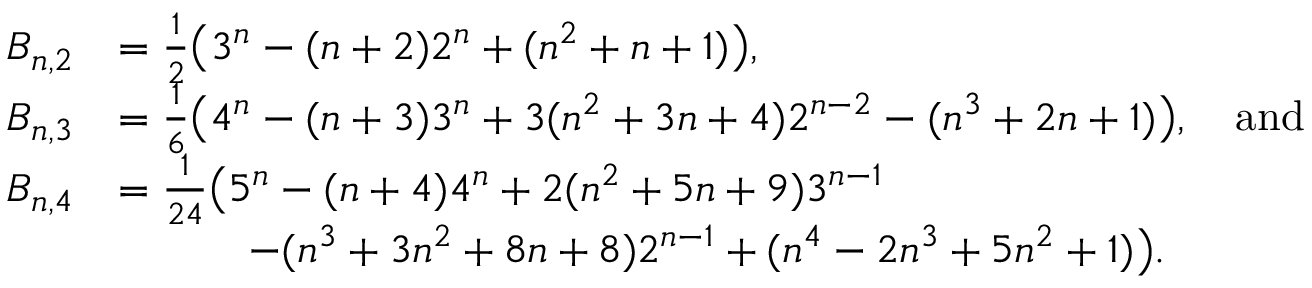
\begin{array} { r l } { B _ { n , 2 } } & { = \frac { 1 } { 2 } \big ( 3 ^ { n } - ( n + 2 ) 2 ^ { n } + ( n ^ { 2 } + n + 1 ) \big ) , } \\ { B _ { n , 3 } } & { = \frac { 1 } { 6 } \big ( 4 ^ { n } - ( n + 3 ) 3 ^ { n } + 3 ( n ^ { 2 } + 3 n + 4 ) 2 ^ { n - 2 } - ( n ^ { 3 } + 2 n + 1 ) \big ) , \quad \mathrm { a n d } } \\ { B _ { n , 4 } } & { = \frac { 1 } { 2 4 } \big ( 5 ^ { n } - ( n + 4 ) 4 ^ { n } + 2 ( n ^ { 2 } + 5 n + 9 ) 3 ^ { n - 1 } } \\ & { \qquad \quad - ( n ^ { 3 } + 3 n ^ { 2 } + 8 n + 8 ) 2 ^ { n - 1 } + ( n ^ { 4 } - 2 n ^ { 3 } + 5 n ^ { 2 } + 1 ) \big ) . } \end{array}